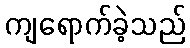
ကျရောက်ခဲ့သည်